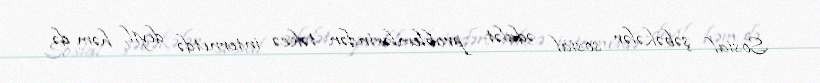
Sosial şəbəkələr sosial ədalət problemlərindən təkcə internetdə deyil, həm də